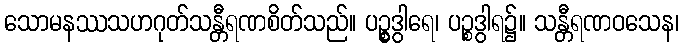
သောမနဿသဟဂုတ်သန္တီရဏစိတ်သည်။ ပဉ္စွဒွါရေ၊ ပဉ္စဒွါရ၌။ သန္တီရဏဝသေန၊